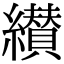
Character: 纉